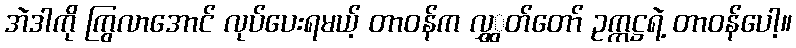
အဲဒါကို ကြွလာအောင် လုပ်ပေးရမယ့် တာဝန်က လွှွှတ်တော် ဥက္ကဋ္ဌရဲ့ တာဝန်ပေါ့။